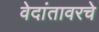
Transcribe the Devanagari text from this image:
वेदांतावरचे